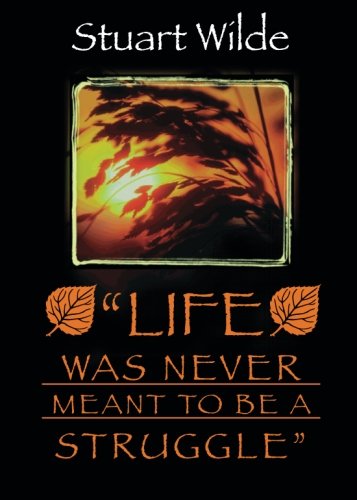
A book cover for Life Was Never Meant to be a Struggle; Stuart Wilde; Politics & Social Sciences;